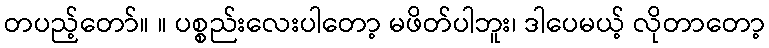
တပည့်တော်။ ။ ပစ္စည်းလေးပါတော့ မဖိတ်ပါဘူး၊ ဒါပေမယ့် လိုတာတော့